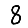
Digit: 8